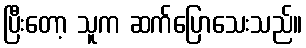
ပြီးတော့ သူက ဆက်ပြောသေးသည်။